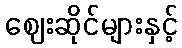
ဈေးဆိုင်များနှင့်